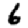
Digit: 6